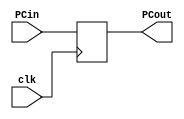
`timescale 1ns / 1ps

module CPU(clk, PCin, PCout);
    input clk;                  
    input [31:0] PCin;          
    output reg [31:0] PCout;
    initial begin
        PCout = 100;
    end  
    always @(posedge clk)       
    begin
        PCout <= PCin; //register output is assigned its input at clk cycle
    end
endmodule

module PCAdder(PCin, PCout);
    input [31:0] PCin;
    output reg [31:0] PCout;
    always @(PCin)
        begin
            PCout <= PCin + 4;
        end
endmodule

module InstructMem(if_idin,if_idout); //if_idin is 'PC input', if_idout is 'do'
    input [31:0] if_idin;
    output reg [31:0] if_idout;
    initial begin
        if_idout[100] = 32'h8c220000; //lw $v0 00($at)
        if_idout[104] = 32'h8c230004; //lw $v1 04($at)
        if_idout[108] = 32'h8c240008; //lw $a0 08($at)
        if_idout[112] = 32'h8c25000c; //lw $a1 12($at)
        if_idout[116] = 32'h004a3020; //add $a2 $v0 $t2
    end
    always @ (if_idin) begin
        if_idout <= if_idout[if_idin];
    end
    //assign if_idout = instr_mem[if_idin];
endmodule

module IFID(clk, do, op, rd, rs, rt, func, imm);
    input clk;
    input [31:0] do; //output from Instruction memory
    //setup R Type
    output reg [5:0] op, func; //output into Control Unit
    output reg [4:0] rd, rs, rt; // (rd,rt) into mux. (rs,rt) into regfile
    output reg [15:0] imm; //immediate value going into extender
    
    always@(posedge clk) begin
        op <= do[31:26]; // R-Type opcode
        func <= do[5:0]; // R-Type func
        rs <= do[25:21]; // R-Type first source
        rt <= do[20:16]; // R-Type target source
        rd <= do[15:11]; // R-Type destination register
        imm <= do[15:0]; // Address/Immediate Value
    end
endmodule

module ControlUnit(op, func, aluc, wreg, m2reg, wmem, aluimm, regrt);
    input [5:0] op;
    input [5:0] func;
    output reg [3:0] aluc;
    output reg wreg,m2reg,wmem,aluimm,regrt;
    
    initial begin
        wreg <= 0; //RegWrite
        m2reg <= 0; //Memory to Register
        wmem <= 0; //write memory
        aluimm <= 0; //alu source
        regrt <= 0; //reg destination
    end
    
    always@(op,func) begin
        if (op == 0)//if R-Type
        begin
            case(func)
                32: aluc <=2;
                34: aluc <= 6;  //Subtract
                    36: aluc <= 0;  //AND
                    37: aluc <= 1;  //OR
                    39: aluc <= 12; //nor 
                    42: aluc <= 7;  //SLT
                    default aluc <= 15; //should never run
            endcase
            wreg <= 1; //WriteReg
            m2reg <= 0; //MemoryToReg
            wmem <= 0; //Write Memory
            aluimm <= 0; //ALUsrc
            regrt <= 1; //RegDist
        end
    
        if(op == 6'b100011) //Load Word (LW)
        begin
            aluc <= 2;
            wreg <= 1;
            m2reg <= 1;
            wmem <= 0;
            aluimm <= 1;
            regrt <= 0;
        end
        if (op == 6'b101011) //Store Word (SW)
        begin
            aluc <= 2; //add
            wreg <= 0; //WriteReg
            wmem <= 1; //Write Memory
            aluimm <= 1; //ALUsrc
        end
        if (op == 6'b000100) // Branch Equal (BEQ)
        begin
            aluc <= 6; //subtract
            wreg <= 0; //WriteReg
            wmem <= 0; //Write Memory
            aluimm <= 0; //ALUsrc
        end
    end
endmodule

module ControlMux(
    input regrt,
    input [4:0] rd, rt,
    output [4:0] wn
    );
    assign wn = regrt?rt:rd; //Multiplexer operation
endmodule

module RegFile(
    input we,
    input [4:0] rna,
    input [4:0] rnb,
    input [4:0] wn,
    input [4:0] d,
    output reg [31:0] qa,
    output reg [31:0] qb
    );
    //initialize all registers to 0
    reg [31:0] registers [0:127];
    initial begin
        registers[0] = 0;
        registers[1] = 0;
        registers[2] = 0;
        registers[3] = 0;
        registers[4] = 0;
        registers[5] = 0;
        registers[6] = 0;
        registers[7] = 0;
        registers[8] = 0;
        registers[9] = 0;
        registers[10] = 0;
        registers[11] = 0;
        registers[12] = 0;
        registers[13] = 0;
        registers[14] = 0;
        registers[15] = 0;
    end
    always@(rna, rnb) begin
        qa = registers[rna];
        qb = registers[rnb];
    end
endmodule

module SignExtend(//input immediate value, extend to 32 bit value
    input [15:0] imm,
    output reg [31:0] long //extended value
    );
    always@(imm) begin
        if(imm[15] == 1) begin
            long[31:16] = 16'hffff;
            long[15:0] = imm;
        end
        else begin
            long[31:16] = 16'h0000;
            long[15:0] = imm;
        end
    end
endmodule

module IDEXE(
    input clk, wreg, m2reg, wmem, aluimm, //input to IDEXE
    input [3:0] aluc, //output from control unit
    input [31:0] qa, qb, //output from regfile
    input [4:0] mux, //output from mux into IDEXE
    input [31:0] extend, //output from signextender
    
    output reg ewreg, em2reg, ewmem, ealuimm, //outputs from control unit
    output reg [3:0] ealuc, //out from control unit, into ALU
    output reg [31:0] eqa, eqb, //outputs from regfile
    output reg [4:0] emux, //output from multiplexor
    output reg [31:0] eextend //output from sign extender
    );
    always@(posedge clk) begin
        ewreg = wreg;
        em2reg = m2reg;
        ewmem = wmem;
        ealuimm = aluimm;
        emux = mux;
        ealuc = aluc;
        eqa = qa;
        eqb = qb;
        eextend = extend;
    end
endmodule